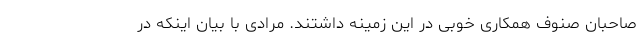
صاحبان صنوف همکاری خوبی در این زمینه داشتند. مرادی با بیان اینکه در